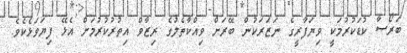
ބަރޯސާ ކުޑަކުރުމަކީ ވިޔަފާރީގެ ނަޒަރަކުން ބޭރަށް ވިއްކާތެލުގެ ރިޒާވް އިތުރުކުރުމަށް އެޅޭ ފިޔަވަޅެކެވެ.